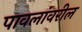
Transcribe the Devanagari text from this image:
पावलांवरील